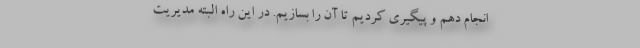
انجام دهم و پیگیری کردیم تا آن را بسازیم. در این راه البته مدیریت